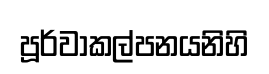
පූර්වාකල්පනයනිහි